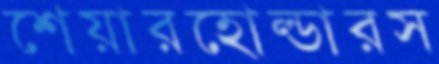
শেয়ারহোল্ডারস